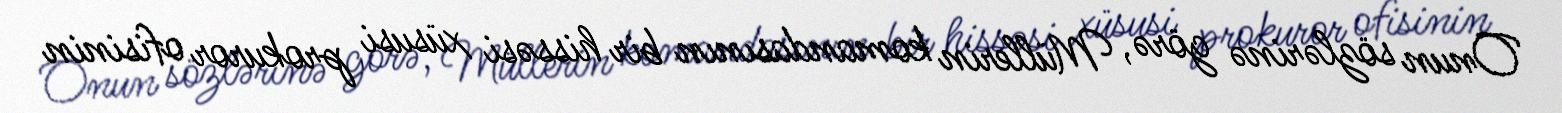
Onun sözlərinə görə, Müllerin komandasının bir hissəsi xüsusi prokuror ofisinin